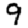
Digit: 9